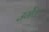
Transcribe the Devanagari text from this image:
उर्गेय